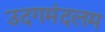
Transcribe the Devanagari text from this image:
उदगमंदलम